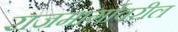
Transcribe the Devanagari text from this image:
राजमार्गावरील